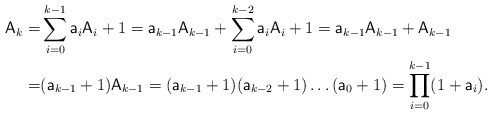
\begin{align*}\mathsf{A}_k = & \sum_{i=0}^{k-1} \mathsf{a}_i \mathsf{A}_i + 1= \mathsf{a}_{k-1} \mathsf{A}_{k-1} + \sum_{i=0}^{k-2} \mathsf{a}_i \mathsf{A}_i + 1= \mathsf{a}_{k-1} \mathsf{A}_{k-1} + \mathsf{A}_{k-1}\\= & (\mathsf{a}_{k-1} + 1) \mathsf{A}_{k-1}= (\mathsf{a}_{k-1} + 1) (\mathsf{a}_{k-2} + 1) \dots (\mathsf{a}_0 + 1)= \prod_{i=0}^{k-1}(1+ \mathsf{a}_i).\end{align*}